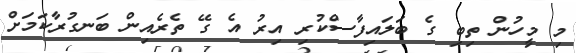
މި މީހުން ތިބި ގެ ބަލައިފާސްކުރި އިރު އެ ގޭ ތެރެއިން ބަނގުރާކަމަށް